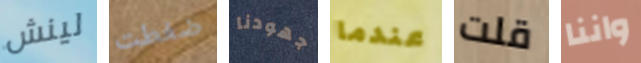
لينش ضغطت جهودنا عندما قلت واننا